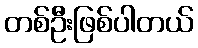
တစ်ဦးဖြစ်ပါတယ်